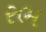
રભ